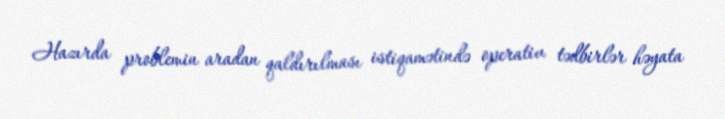
Hazırda problemin aradan qaldırılması istiqamətində operativ tədbirlər həyata